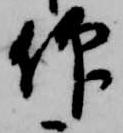
仰